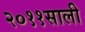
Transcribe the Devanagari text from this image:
२०११साली